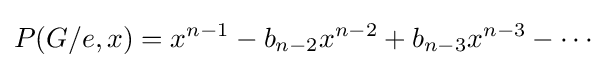
P(G/e,x)=x^{n-1}-b_{n-2}x^{n-2}+b_{n-3}x^{n-3}-\cdots